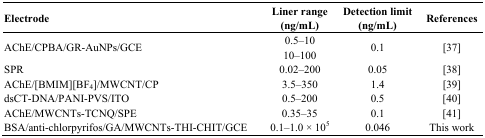
| Electrode | Liner range (ng/mL) | Detection limit (ng/mL) | References |
 | --- | --- | --- | --- |
 | <ROWSPAN=2> AChE/CPBA/GR-AuNPs/GCE | 0.5–10 | <ROWSPAN=2> 0.1 | <ROWSPAN=2> [37] |
 | 10–100 |
 | SPR | 0.02–200 | 0.05 | [38] |
 | AChE/[BMIM][BF4]/MWCNT/CP | 3.5–350 | 1.4 | [39] |
 | dsCT-DNA/PANI-PVS/ITO | 0.5–200 | 0.5 | [40] |
 | AChE/MWCNTs-TCNQ/SPE | 0.35–35 | 0.1 | [41] |
 | BSA/anti-chlorpyrifos/GA/MWCNTs-THI-CHIT/GCE | 0.1–1.0 × 105 | 0.046 | This work |